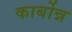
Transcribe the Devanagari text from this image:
कार्बोन्न